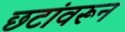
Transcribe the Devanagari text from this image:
छटांवरून